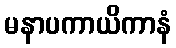
မနာပကာယိကာနံ